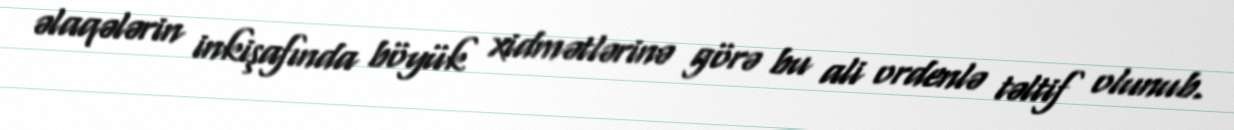
əlaqələrin inkişafında böyük xidmətlərinə görə bu ali ordenlə təltif olunub.